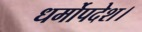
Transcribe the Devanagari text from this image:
धर्मोपदेश।